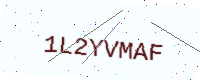
Text: 1L2YVMAF